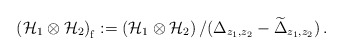
\begin{align*}\left( {\cal H}_1 \otimes {\cal H}_2 \right)_{\mathrm f} :=\left( {\cal H}_1 \otimes {\cal H}_2 \right) / (\Delta_{z_1,z_2} - \widetilde{\Delta}_{z_1,z_2}) \,.\end{align*}